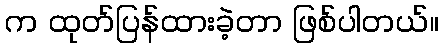
က ထုတ်ပြန်ထားခဲ့တာ ဖြစ်ပါတယ်။